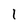
Character: I